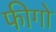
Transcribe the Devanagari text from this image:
फीगो